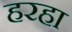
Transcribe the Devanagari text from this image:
हरहा